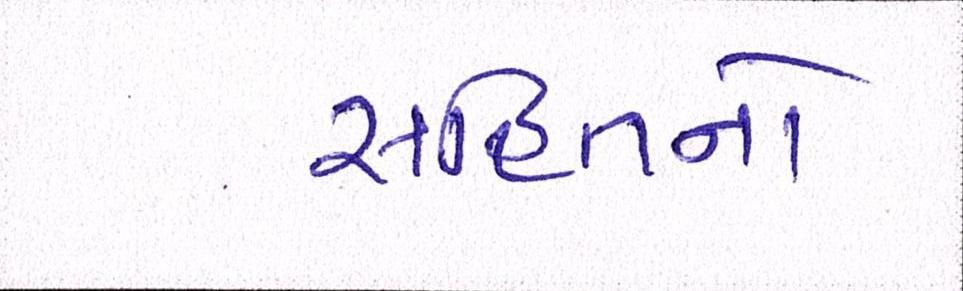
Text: સહિતનો